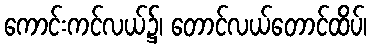
ကောင်းကင်လယ်၌၊ တောင်လယ်တောင်ထိပ်၊